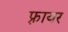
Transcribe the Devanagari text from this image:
फ़्रायर